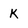
Character: K